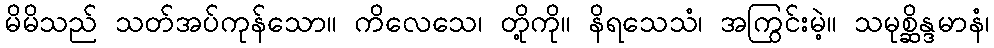
မိမိသည် သတ်အပ်ကုန်သော။ ကိလေသေ၊ တို့ကို။ နိရသေသံ၊ အကြွင်းမဲ့။ သမုစ္ဆိန္ဒမာနံ၊